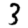
Digit: 3